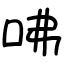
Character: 咈